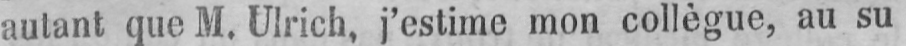
autant que M. Ulrich, j’estime mon collègue, au su